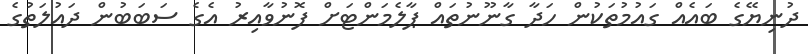
ދުނިޔޭގެ ބައެއް ގައުމުތަކުން ހަދާ ގާނޫނުތައް ޕާލެމަންޓަށް ފޮނުވާއިރު އެގެ ސަބަބުން ދައުލަތުގެ